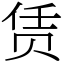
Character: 赁